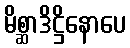
မိစ္ဆာဒိဋ္ဌိနောပေ